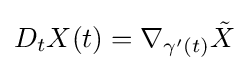
D_{t}X(t)=\nabla _{\gamma '(t)}{\tilde {X}}